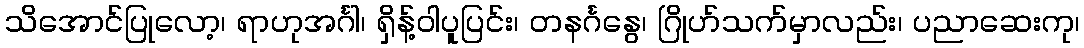
သိအောင်ပြုလော့၊ ရာဟုအင်္ဂါ၊ ရှိန့်ဝါပူပြင်း၊ တနင်္ဂနွေ၊ ဂြိုဟ်သက်မှာလည်း၊ ပညာဆေးကု၊